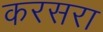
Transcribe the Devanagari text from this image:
करसरा